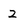
Character: 2